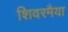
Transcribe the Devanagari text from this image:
शिवरमैया